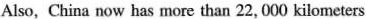
Also, China now has more than 22,000 kilometers